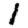
Digit: 1